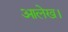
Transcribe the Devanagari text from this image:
आलेख।